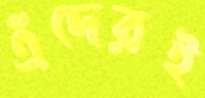
এঁদেরই